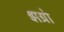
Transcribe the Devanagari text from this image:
झग्रो